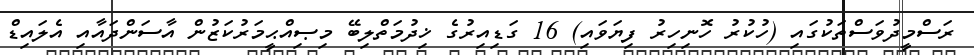
ރަސްމީދުވަސްތަކުގައި (ހުކުރު ހޮނިހިރު ފިޔަވައި) 16 ގަޑިއިރުގެ ޚިދުމަތްލިބޭ މިޞިއްޙީމަރުކަޒުން އާސަންދައާއި އެލައިޑް